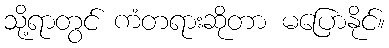
သို့ရာတွင် ကံတရားဆိုတာ မပြောနိုင်။